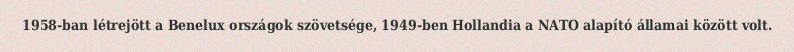
1958-ban létrejött a Benelux országok szövetsége, 1949-ben Hollandia a NATO alapító államai között volt.